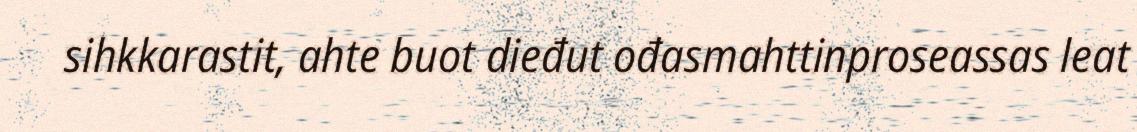
sihkkarastit, ahte buot dieđut ođasmahttinproseassas leat